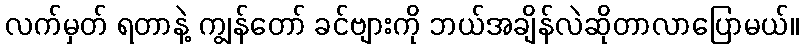
လက်မှတ် ရတာနဲ့ ကျွန်တော် ခင်ဗျားကို ဘယ်အချိန်လဲဆိုတာလာပြောမယ်။